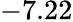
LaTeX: -7.22